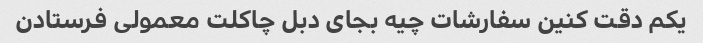
یکم دقت کنین سفارشات چیه بجای دبل چاکلت معمولی فرستادن